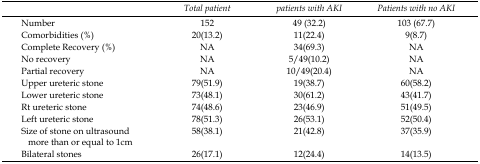
<table><thead><tr><td>[EMPTY_CELL]</td><td><b><i>Total patient</i></b></td><td><b><i>patients with AKI</i></b></td><td><b><i>Patients with no AKI</i></b></td></tr></thead><tbody><tr><td>Number</td><td>152</td><td>49 (32.2)</td><td>103 (67.7)</td></tr><tr><td>Comorbidities (%)</td><td>20(13.2)</td><td>11(22.4)</td><td>9(8.7)</td></tr><tr><td>Complete Recovery (%)</td><td>NA</td><td>34(69.3)</td><td>NA</td></tr><tr><td>No recovery</td><td>NA</td><td>5/49(10.2)</td><td>NA</td></tr><tr><td>Partial recovery</td><td>NA</td><td>10/49(20.4)</td><td>NA</td></tr><tr><td>Upper ureteric stone</td><td>79(51.9)</td><td>19(38.7)</td><td>60(58.2)</td></tr><tr><td>Lower ureteric stone</td><td>73(48.1)</td><td>30(61.2)</td><td>43(41.7)</td></tr><tr><td>Rt ureteric stone</td><td>74(48.6)</td><td>23(46.9)</td><td>51(49.5)</td></tr><tr><td>Left ureteric stone</td><td>78(51.3)</td><td>26(53.1)</td><td>52(50.4)</td></tr><tr><td>Size of stone on ultrasound more than or equal to 1cm</td><td>58(38.1)</td><td>21(42.8)</td><td>37(35.9)</td></tr><tr><td>Bilateral stones</td><td>26(17.1)</td><td>12(24.4)</td><td>14(13.5)</td></tr></tbody></table>